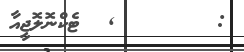
: